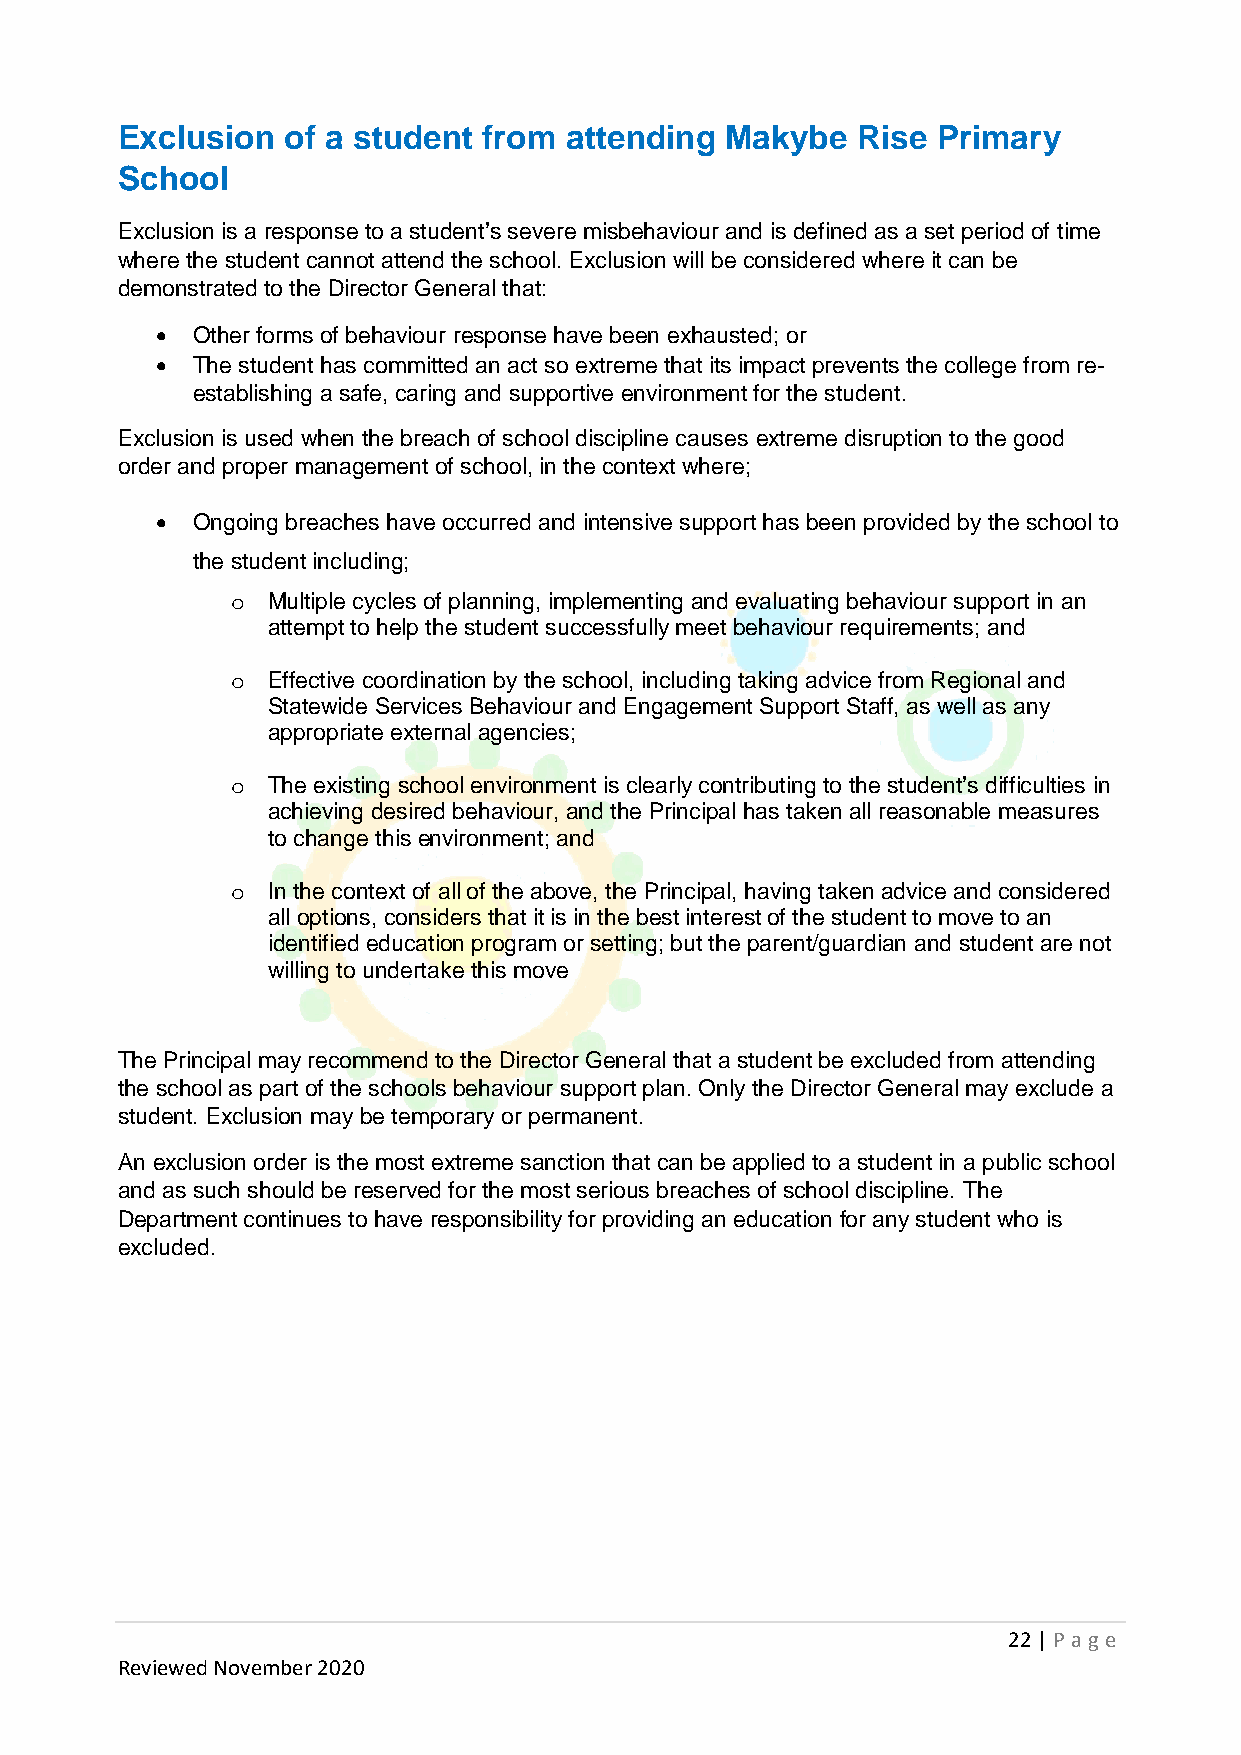
Exclusion  of a student from attending  Makybe   Rise Primary
 School
 Exclusion is a response to a student’s severe misbehaviour and is defined as a set period of time
 where the student cannot attend the school. Exclusion will be considered where it can be
 demonstrated to the Director General that:
 •  Other forms of behaviour response have been exhausted; or
 •  The student has committed an act so extreme that its impact prevents the college from re-
 establishing a safe, caring and supportive environment for the student.
 Exclusion is used when the breach of school discipline causes extreme disruption to the good
 order and proper management of school, in the context where;
 •  Ongoing breaches have occurred and intensive support has been provided by the school to
 the student including;
 Multiple cycles of planning, implementing and evaluating behaviour support in an
 o
 attempt to help the student successfully meet behaviour requirements; and
 Effective coordination by the school, including taking advice from Regional and
 o
 Statewide Services Behaviour and Engagement Support Staff, as well as any
 appropriate external agencies;
 The existing school environment is clearly contributing to the student’s difficulties in
 o
 achieving desired behaviour, and the Principal has taken all reasonable measures
 to change this environment; and
 In the context of all of the above, the Principal, having taken advice and considered
 o
 all options, considers that it is in the best interest of the student to move to an
 identified education program or setting; but the parent/guardian and student are not
 willing to undertake this move
 The Principal may recommend to the Director General that a student be excluded from attending
 the school as part of the schools behaviour support plan. Only the Director General may exclude a
 student. Exclusion may be temporary or permanent.
 An exclusion order is the most extreme sanction that can be applied to a student in a public school
 and as such should be reserved for the most serious breaches of school discipline. The
 Department continues to have responsibility for providing an education for any student who is
 excluded.
 22 | P age
 Reviewed November 2020